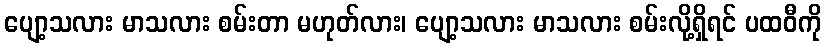
ပျော့သလား မာသလား စမ်းတာ မဟုတ်လား၊ ပျော့သလား မာသလား စမ်းလို့ရှိရင် ပထဝီကို